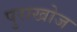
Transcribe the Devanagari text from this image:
पुराखोज